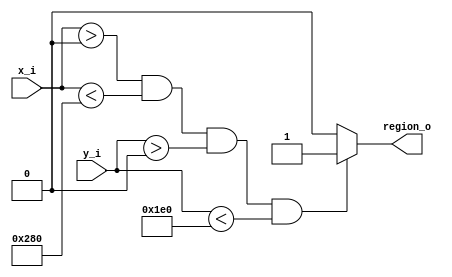
`timescale 1ns / 1ps
//////////////////////////////////////////////////////////////////////////////////
// Company: 
// Engineer: 
// 
// Design Name: 
// Module Name: draw_game_window
// Project Name: 
// Target Devices: 
// Tool Versions: 
// Description: 
// 
// Dependencies: 
// 
// Revision:
// Revision 0.01 - File Created
// Additional Comments:
// 
//////////////////////////////////////////////////////////////////////////////////


module draw_game_window 
    #(parameter WindowHeight = 480, 
      parameter WindowWidth = 640) (
    input [9:0] x_i,
    input [8:0] y_i,
    output region_o
    );
    
    assign region_o = ((x_i > 0) & (x_i < WindowWidth) & (y_i > 0) & (y_i < WindowHeight)) ? 1 : 0;
endmodule